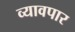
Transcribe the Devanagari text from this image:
व्यावपार